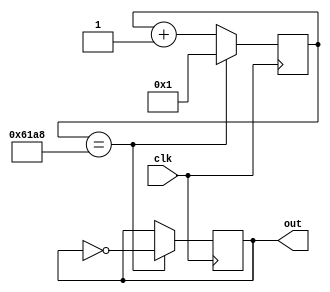
module blink(clk, out);

input clk;
output reg out = 0;

reg [15:0] cycles = 0;

always @(posedge clk) begin
    cycles <= cycles + 1;
    if(cycles == 25000) begin
      out <= ~out;
      cycles <= 1;
    end
end

endmodule